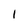
Character: 1